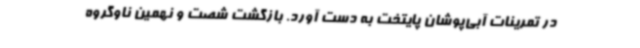
در تمرینات آبی‌پوشان پایتخت به دست آورد. بازگشت شصت و نهمین ناوگروه